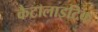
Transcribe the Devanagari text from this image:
कैटालाइटिक